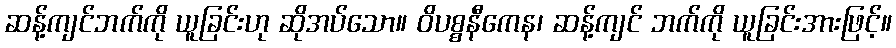
ဆန့်ကျင်ဘက်ကို ယူခြင်းဟု ဆိုအပ်သော။ ဝိပစ္စနီကေန၊ ဆန့်ကျင် ဘက်ကို ယူခြင်းအားဖြင့်။